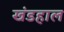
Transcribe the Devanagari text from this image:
खंडहाल